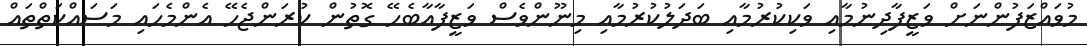
މުވައްޒަފުންނަށް ވަޒީފާދިނުމާއި ވަކިކުރުމާއި ބަދަލުކުރުމާއި މިނޫންވެސް ވަޒީފާއާބެހޭ ގޮތުން ކުރަންޖެހޭ އެންމެހައި މަސައްކަތްތައް